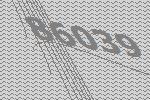
86039